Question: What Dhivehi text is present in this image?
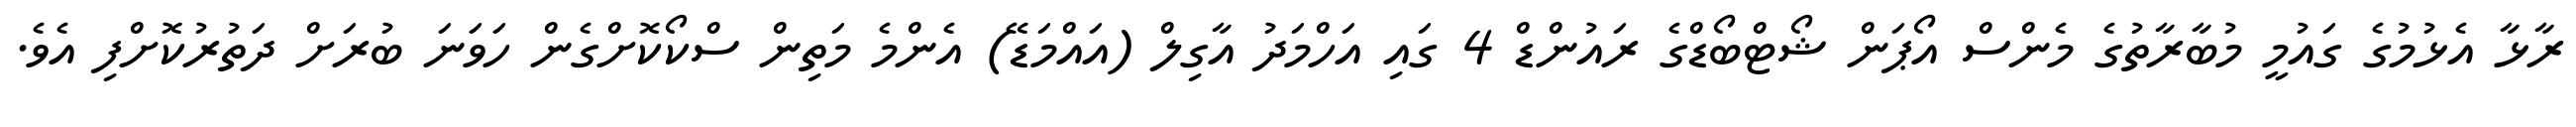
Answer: ރާޅާ އެޅުމުގެ ގައުމީ މުބާރާތުގެ މެންސް އޯޕަން ޝޯޓްބޯޑްގެ ރައުންޑް 4 ގައި އަހްމަދު އާގިލް (އައްމަޑޭ) އެންމެ މަތިން ސްކޯކޮށްގެން ހަވަނަ ބުރަށް ދަތުރުކޮށްފި އެވެ.